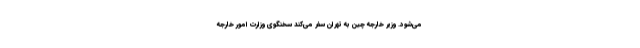
می‌شود. وزیر خارجه چین به تهران سفر می‌کند سخنگوی وزارت امور خارجه